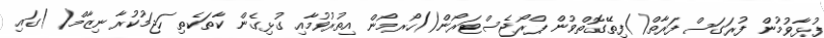
ފުޅާވުމުން ފުރަގަސް ފަރާތް()ފިތޭގޮތްވުން ޕްރޯޖެސްޓަރޯން()ހޯރމޯން އިތުރުވުމާއި ގުޅިގެން ކާތަކެތި ހަޖަމުކުރާ ނިޒާމް( )ގައި